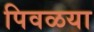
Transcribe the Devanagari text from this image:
पिवळया